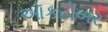
ઑકટોબર